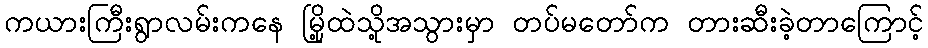
ကယားကြီးရွာလမ်းကနေ မြို့ထဲသို့အသွားမှာ တပ်မတော်က တားဆီးခဲ့တာကြောင့်